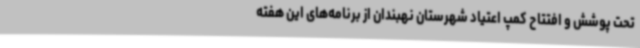
تحت پوشش و افتتاح کمپ اعتیاد شهرستان نهبندان از برنامه‌های این هفته